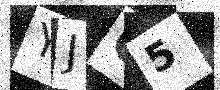
Text: YJC5